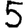
Digit: 5